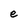
Character: e